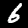
Label: 6